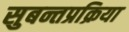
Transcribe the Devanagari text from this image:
सुबन्तप्रक्रिया